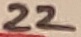
Text: 22